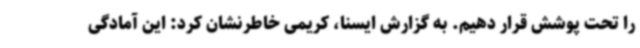
را تحت پوشش قرار دهیم. به گزارش ایسنا، کریمی خاطرنشان کرد: این آمادگی